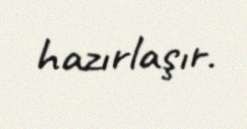
hazırlaşır.